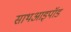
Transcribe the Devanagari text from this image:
साथआइपॉड